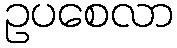
ဥပစေလာ